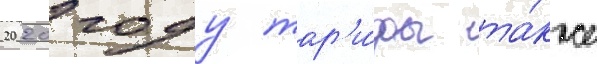
2020 году тар'и́фы та́кже